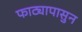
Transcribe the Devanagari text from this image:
फाट्यापासुन